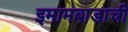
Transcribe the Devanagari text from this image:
इमामबाडाची